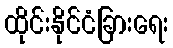
ထိုင်းနိုင်ငံခြားရေး